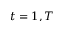
t = 1 , T